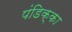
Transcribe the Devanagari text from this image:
पंडिक्का